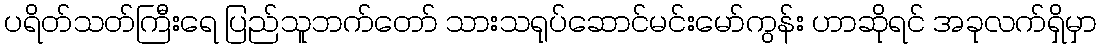
ပရိတ်သတ်ကြီးရေ ပြည်သူဘက်တော် သားသရုပ်ဆောင်မင်းမော်ကွန်း ဟာဆိုရင် အခုလက်ရှိမှာ